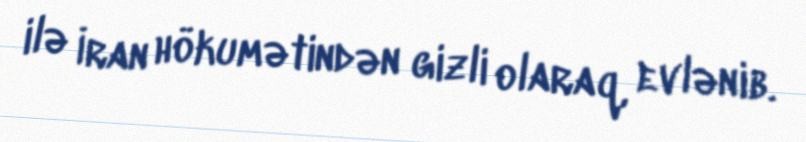
ilə İran hökumətindən gizli olaraq, evlənib.